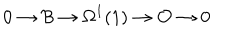
0 \rightarrow { \cal B } \rightarrow \Omega ^ { 1 } ( 1 ) \rightarrow { \cal O } \rightarrow 0